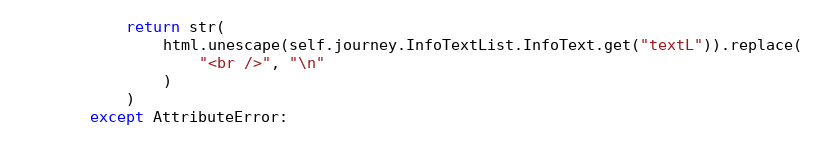
Language: Python
            return str(
                html.unescape(self.journey.InfoTextList.InfoText.get("textL")).replace(
                    "<br />", "\n"
                )
            )
        except AttributeError: